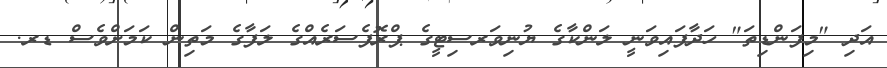
އަދި "މިފަންޑިތަ" ހަދާފައިވަނީ ލަންކާގެ ޔުނިވަރސިޓީގެ ޕްރޮފެސަރެއްގެ ލަފާގެ މަތިން ކަމަށްވެސް ޑރ.